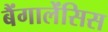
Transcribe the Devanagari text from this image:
बैंगालेंसिस